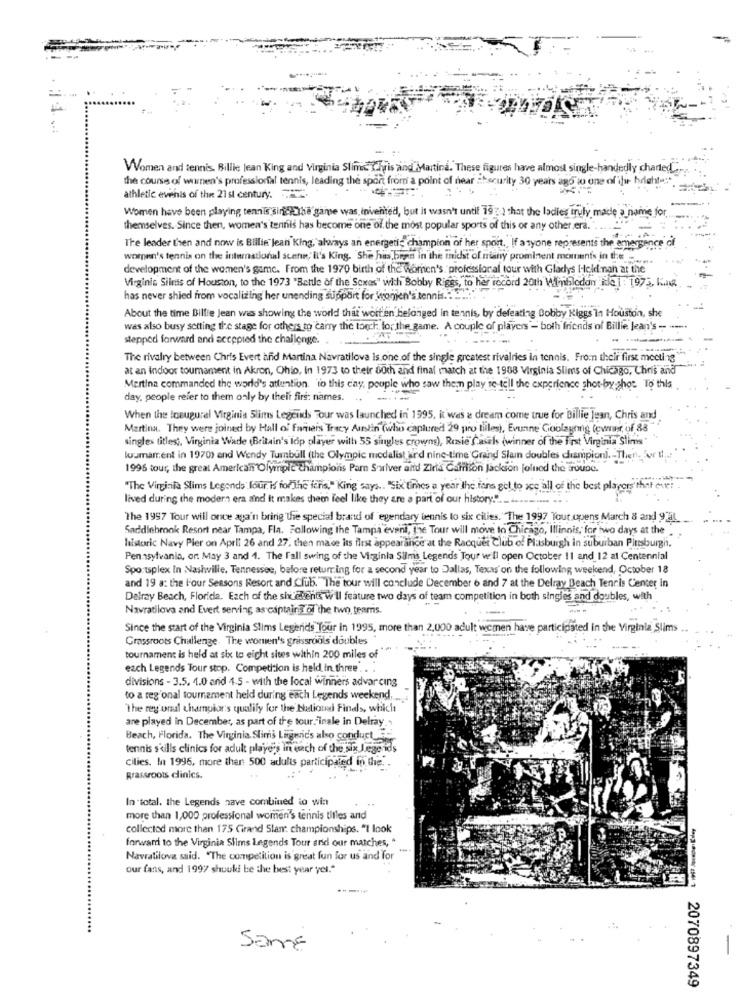
Women and tennis. Billie Jean King and Virginia Slim Ihris aind Martina. These figures have almost single-handedly chanted" ...
the course of warnen's professional tennis, leading the sport from' a point of near at ecurity 30 years ago" to one of ilu bright-
athletic evenis of the 21 st century ..
Women have been playing tennis sindHIha'ganse was invented, but it wasn't until 193 ) that the ladies truly madle a name for.
themselves. Since then, women's tennis has become one of the most popular sports of this or any other.era."
The leader then and now is Billie Jean King, always an energetic champion of her sport. If anyone represents the emergence
women's tennis on the international scene, Il's King. She has been in the midst of niany prominent moments in the ....
development of the women's game. From the 1970 birth of the Women's. "professional tour with Gladys Held nan at the
Virginis Silms of Houston, to the 1973 "Battle of the Sexes" with Bobby Riggs, to her rocord 20th Wil-nhlcdon iel : 1975, King
has never shied from vocalizing her unending support for Women's tennis.
About the time Billie Jean was showing the world that worten belonged in tennis, by defeating Bobby Kiggs In Houston, she
was also busy setting the stage for others to carry the torch, lo; the game. A couple of players - both friends of Billie Jean's -- ---
stepped forward and accepted the challenge.
The rivalry between Chris Evert and Martina Navratilova Is one of the single greatest rivalries in tennis. From their first meeting"
at an indoor toumament in Akron, Ohio, in 1973 to their 80th and final match at the 1908 Virginia Slims of Chicago, Chris and
Martina commanded the world's attention to this cay, people who saw them play se tell the experience shot-by-shot To this
day. people refer to them only by their first names.
When the loaugural Virginia Slims Legends Tour was launched in 1995, it was a dream come true for Billie Jean, Chris and
Martina. They were joined by Hall of Famers Tracy Austin (who captured 29 pro tiles), Evunne Goolayning (owner of 88
singles titles ;, Virginia Wade (Britain's lop player with 55 singles crowns), Rosie Casals (winner of the First Virginia Slims"
Wumarent in 19709 and Wendy Turnbull (the Olympic medalist und nine-time Grand Slam doubles champion) .- Then, or
1996 tour, the great American Olympic champions Pam Suriver and Ziria Garrison Jackson joined the Groupe.
"The Virginia Slims Legends Jour is for The iens," King says .. "Six times a year the fans get to see all of the best players that enter.
lived during the modern era aind It makes them Feel like they are a part of our history.".
The 1997 Tour will once again bring tie special brand of "egendary tennis to six cities. The 1997 Tout opens March 8 and 9 3L
....
Saddlebrook Resort near Tampa, Fla. Following the Tampa event, the Tour will move to Chicago, Illinois, for two days at the
historic Navy Pier on April 26 and 27, then mace its first appearance at the Racquet Club of Platsburgh in suburban Pittsburgh.
Pennsylvania, or May 3 and 4. The Fall swing of the Virginla Slims Legends Tour will open October 11 and 12 al Centennial
Sportsplex In Nashville, Tennessee, before returning for a second year to Dallas, Texas' on the following weekend, October 18
and 19 a: the l'our Seasons Resort and Club."The tour will conclude December 6 and 7 at the Delray Beach Tennis Center in
Delray Beach, Florida. Each of the six chants w Il feature two days of team competition in both singles and doubles, with
Navratilova and Evert serving as cantaing of the two teams.
Since the start of the Virginia Slims Legenids Tour in 1995, more than 2,000 adult women have participated in the Virginia Slims
Grassroots Challenge. The women's grassroots doubles
tournament is held at six to eicht sites within 200 miles of
each Legends Tour stop. Competition is held in three.
divisions - 3.5. 4.0 and 1.5 - with the local winners advar cing
to a regional tournament held during each Legends weekend ......
The reg onal champions qualify for the National Finals, which
are played in December, as part of the tour.Finale in Delray ..
Beach, Florida. The Virginia. Slims Ligenic's also conduct
tennis s'kills clinics for adult players in each of the six Jegerids
Cilies. I 1996, more than 500 adults participated in the.
grassroots clinics.
In total. the Legends nave combined to win
more than 1,000 professional women's tennis titles and
collected more than 175 Grand Slam championships. "I look
forward to the Virginia Slims Legends Tour and our matches, "
Navratilova said. "The competition is great fun for us and Tor"
our fans, and 1997 should be the best year yel."
Same
2070897349